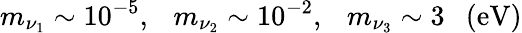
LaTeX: m_{\nu_{1}}\sim 10^{-5},~~~m_{\nu_{2}}\sim 10^{-2},~~~m_{\nu_{3}}\sim 3~~~(\mathrm{eV})